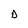
Character: D